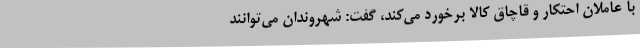
با عاملان احتکار و قاچاق کالا برخورد می‌کند، گفت: شهروندان می‌توانند